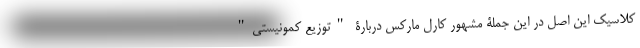
کلاسیک این اصل در این جملۀ مشهور کارل مارکس دربارۀ "توزیع کمونیستی"